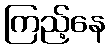
ကြည့်နေ